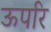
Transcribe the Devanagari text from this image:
ऊपरि